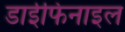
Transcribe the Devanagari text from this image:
डाईफिनाइल